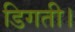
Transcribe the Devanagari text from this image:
डिगती।